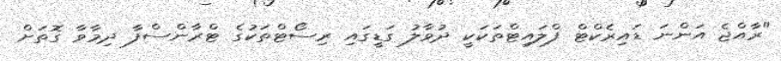
"ރާއްޖެ އަންނަ ޑައިރެކްޓް ފްލައިޓްތަކަކީ ދުވާލު ގަޑީގައި ރިސޯޓްތަކުގެ ޓްރާންސްފާ ދިމާވާ ގޮތަށް